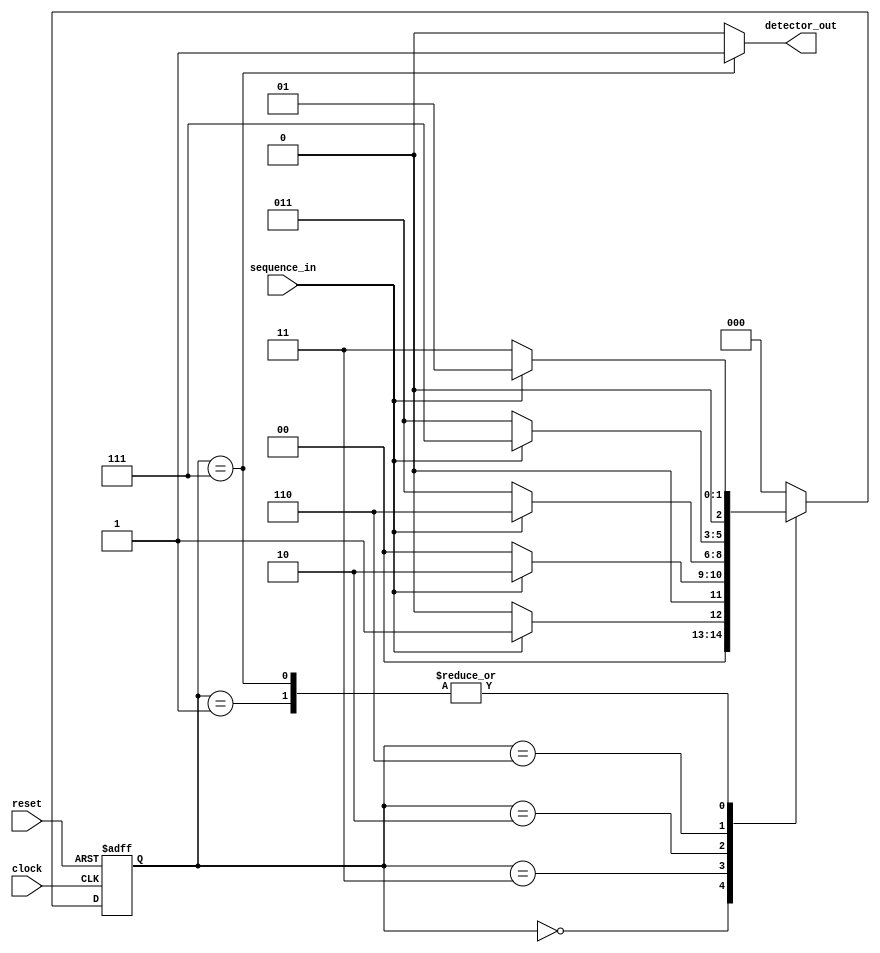
module iiitb_sd_fsm(
`ifdef USE_POWER_PINS
	inout vccd1,	// User area 1 1.8V power
	inout vssd1,	// User area 1 digital ground
`endif
    input clock,
    input reset,
    input sequence_in,
    output reg detector_out);
//input clock; // clock signal
//input reset; // reset input
//input sequence_in; // binary input
//output reg detector_out; // output of the sequence detector
parameter  Zero=3'b000, // "Zero" State
  One=3'b001, // "One" State
  OneZero=3'b011, // "OneZero" State
  OneZeroOne=3'b010, // "OnceZeroOne" State
  OneZeroOneOne=3'b110,// "OneZeroOneOne" State
  OneZeroOneOneOne=3'b111;
reg [2:0] current_state, next_state; // current state and next state
// sequential memory of the Moore FSM
always @(posedge clock, posedge reset)
begin
 if(reset==1) 
 current_state <= Zero;// when reset=1, reset the state of the FSM to "Zero" State
 else
 current_state <= next_state; // otherwise, next state
end 
// combinational logic of the Moore FSM
// to determine next state 
always @(current_state,sequence_in)
begin
 case(current_state) 
 Zero:begin
  if(sequence_in==1)
   next_state = One;
  else
   next_state = Zero;
 end
 One:begin
  if(sequence_in==0)
   next_state = OneZero;
  else
   next_state = One;
 end
 OneZero:begin
  if(sequence_in==0)
   next_state = Zero;
  else
   next_state = OneZeroOne;
 end 
 OneZeroOne:begin
  if(sequence_in==0)
   next_state = OneZero;
  else
   next_state = OneZeroOneOne;
 end
 OneZeroOneOne:begin
  if(sequence_in==0)
   next_state = OneZero;
  else
   next_state = OneZeroOneOneOne;
 end
 OneZeroOneOneOne:begin
 if(sequence_in==1)
 next_state = One;
 else
 next_state=OneZero;
 end
 default:next_state = Zero;
 endcase
end
// combinational logic to determine the output
// of the Moore FSM, output only depends on current state
always @(current_state)
begin 
 case(current_state) 
 Zero:   detector_out = 0;
 One:   detector_out = 0;
 OneZero:  detector_out = 0;
 OneZeroOne:  detector_out = 0;
 OneZeroOneOne:  detector_out = 0;
 OneZeroOneOneOne:detector_out =1;
 default:  detector_out = 0;
 endcase
end 
endmodule